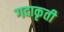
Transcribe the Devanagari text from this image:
गदाकृती